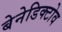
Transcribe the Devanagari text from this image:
बेनेडिक्टोव